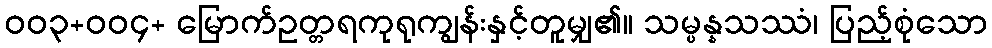
၀၀၃+၀၀၄+ မြောက်ဥတ္တရကုရုကျွန်းနှင့်တူမျှ၏။ သမ္ပန္နသဿံ၊ ပြည့်စုံသော